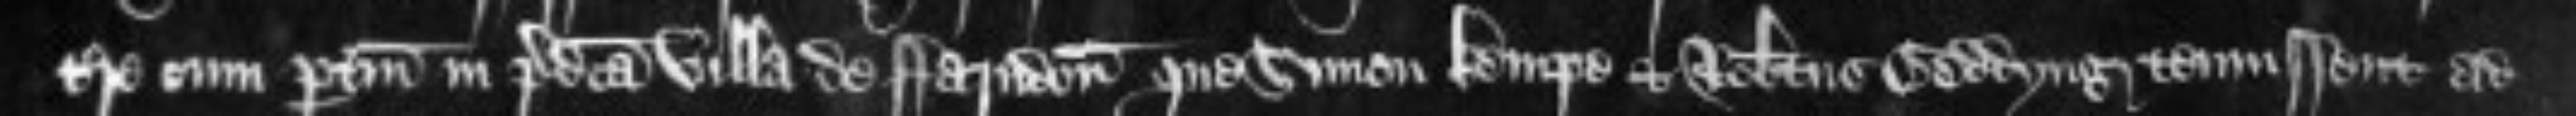
terre cum pertinenciis in predicta villa de Farndon que Simon Kempe et Robertus Geddyng tenuissent ad